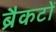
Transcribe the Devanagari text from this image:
ब्रैकटों